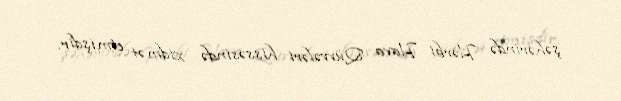
şəhərində Hərbi Hava Qüvvələri hissəsində xidmət etmişdir.